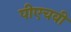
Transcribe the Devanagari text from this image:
पीएचवी